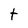
Character: t